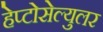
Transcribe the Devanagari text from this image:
हेप्टोसेल्युलर